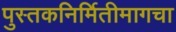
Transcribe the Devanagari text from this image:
पुस्तकनिर्मितीमागचा